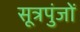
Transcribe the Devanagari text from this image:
सूत्रपुंजों